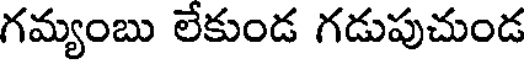
గమ్యంబు లేకుండ గడుపుచుండ